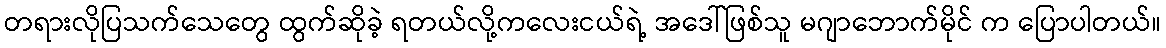
တရားလိုပြသက်သေတွေ ထွက်ဆိုခဲ့ ရတယ်လို့ကလေးငယ်ရဲ့ အဒေါ်ဖြစ်သူ မဂျာဘောက်မိုင် က ပြောပါတယ်။